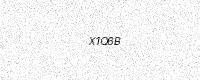
Text: X1Q6B